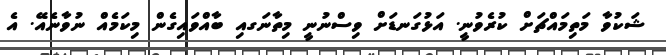
ޝަކުވާ މަތިމައްޗަށް ކުރެވުނީ. އަޅުގަނޑަށް ވިސްނުނީ މިތާނަގއި ބާއްވައިގެން މިކަމެއް ނުވާނެއޭ. އެ